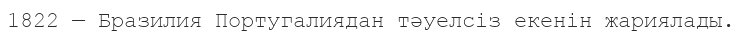
1822 — Бразилия Португалиядан тәуелсіз екенін жариялады.